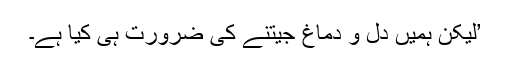
’لیکن ہمیں دل و دماغ جیتنے کی ضرورت ہی کیا ہے۔